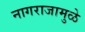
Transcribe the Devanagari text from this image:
नागराजामुळे